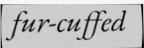
fur-cuffed